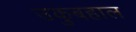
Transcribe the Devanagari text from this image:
उकुबहाल